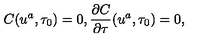
C ( u ^ { a } , \tau _ { 0 } ) = 0 , \frac { \partial C } { \partial \tau } ( u ^ { a } , \tau _ { 0 } ) = 0 ,